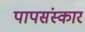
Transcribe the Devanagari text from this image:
पापसंस्कार